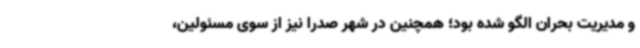
و مدیریت بحران الگو شده بود؛ همچنین در شهر صدرا نیز از سوی مسئولین،